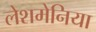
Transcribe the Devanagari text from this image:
लेशमेनिया